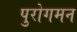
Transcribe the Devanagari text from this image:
पुरोगमन